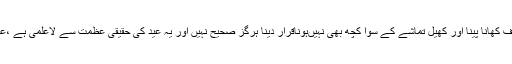
عیدکودوسری اقوام کے ان تہواروں کی طرح جن میں صرف ناچ گانا ، صرف کھانا پینا اور کھیل تماشے کے سوا کچھ بھی نہیںہوناقرار دینا ہرگز صحیح نہیں اور یہ عید کی حقیقی عظمت سے لاعلمی ہے ،عید عبادت ہے اور اس عبادت میں فرحت ومسرت بھی شامل کردی گئی ہے۔